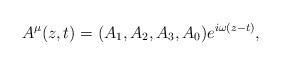
LaTeX: \begin{align*}A^{\mu}(z,t) = (A_{1}, A_{2}, A_{3}, A_{0}) e^{i\omega (z - t)} ,\end{align*}